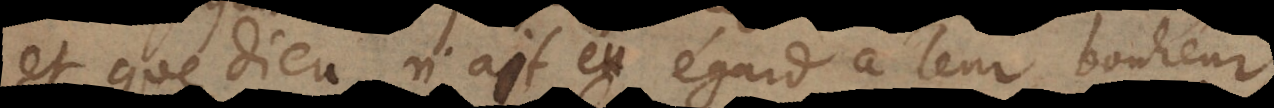
et que Dieu n’ait eu égard à leur bonheur